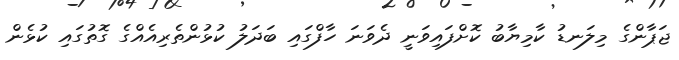
ޖަޕާންގެ މިލަނޑު ކާމިޔާބު ކޮށްފައިވަނީ ދެވަނަ ހާފްގައި ބަދަލު ކުޅުންތެރިއެއްގެ ގޮތުގައި ކުޅެން